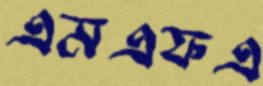
এমএফএ